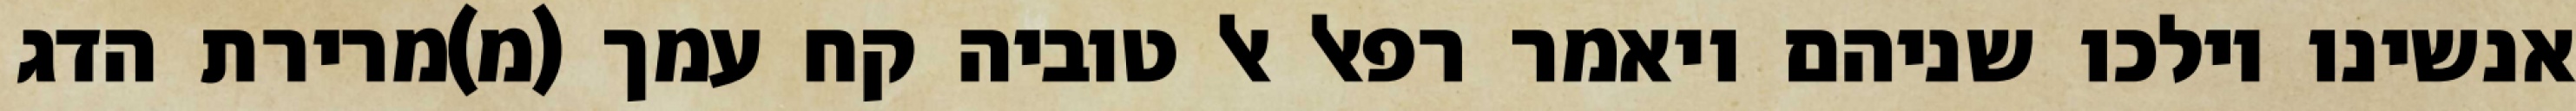
אנשינו וילכו שניהם ויאמר רפאל אל טוביה קח עמך (מ)מרירת הדג